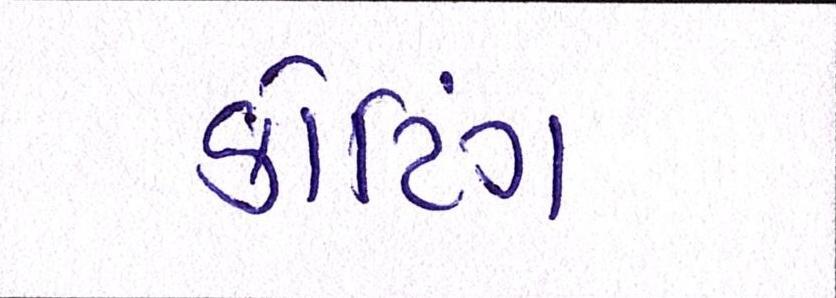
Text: કોટિંગ